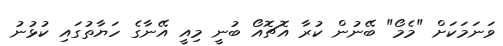
ވަނަމަކަށް "މެމޯ" ބޭނުން ކުރާ އޮޗޮއޯ ބުނީ މިއީ އޭނާގެ ހަޔާތުގައި ކުޅުނު